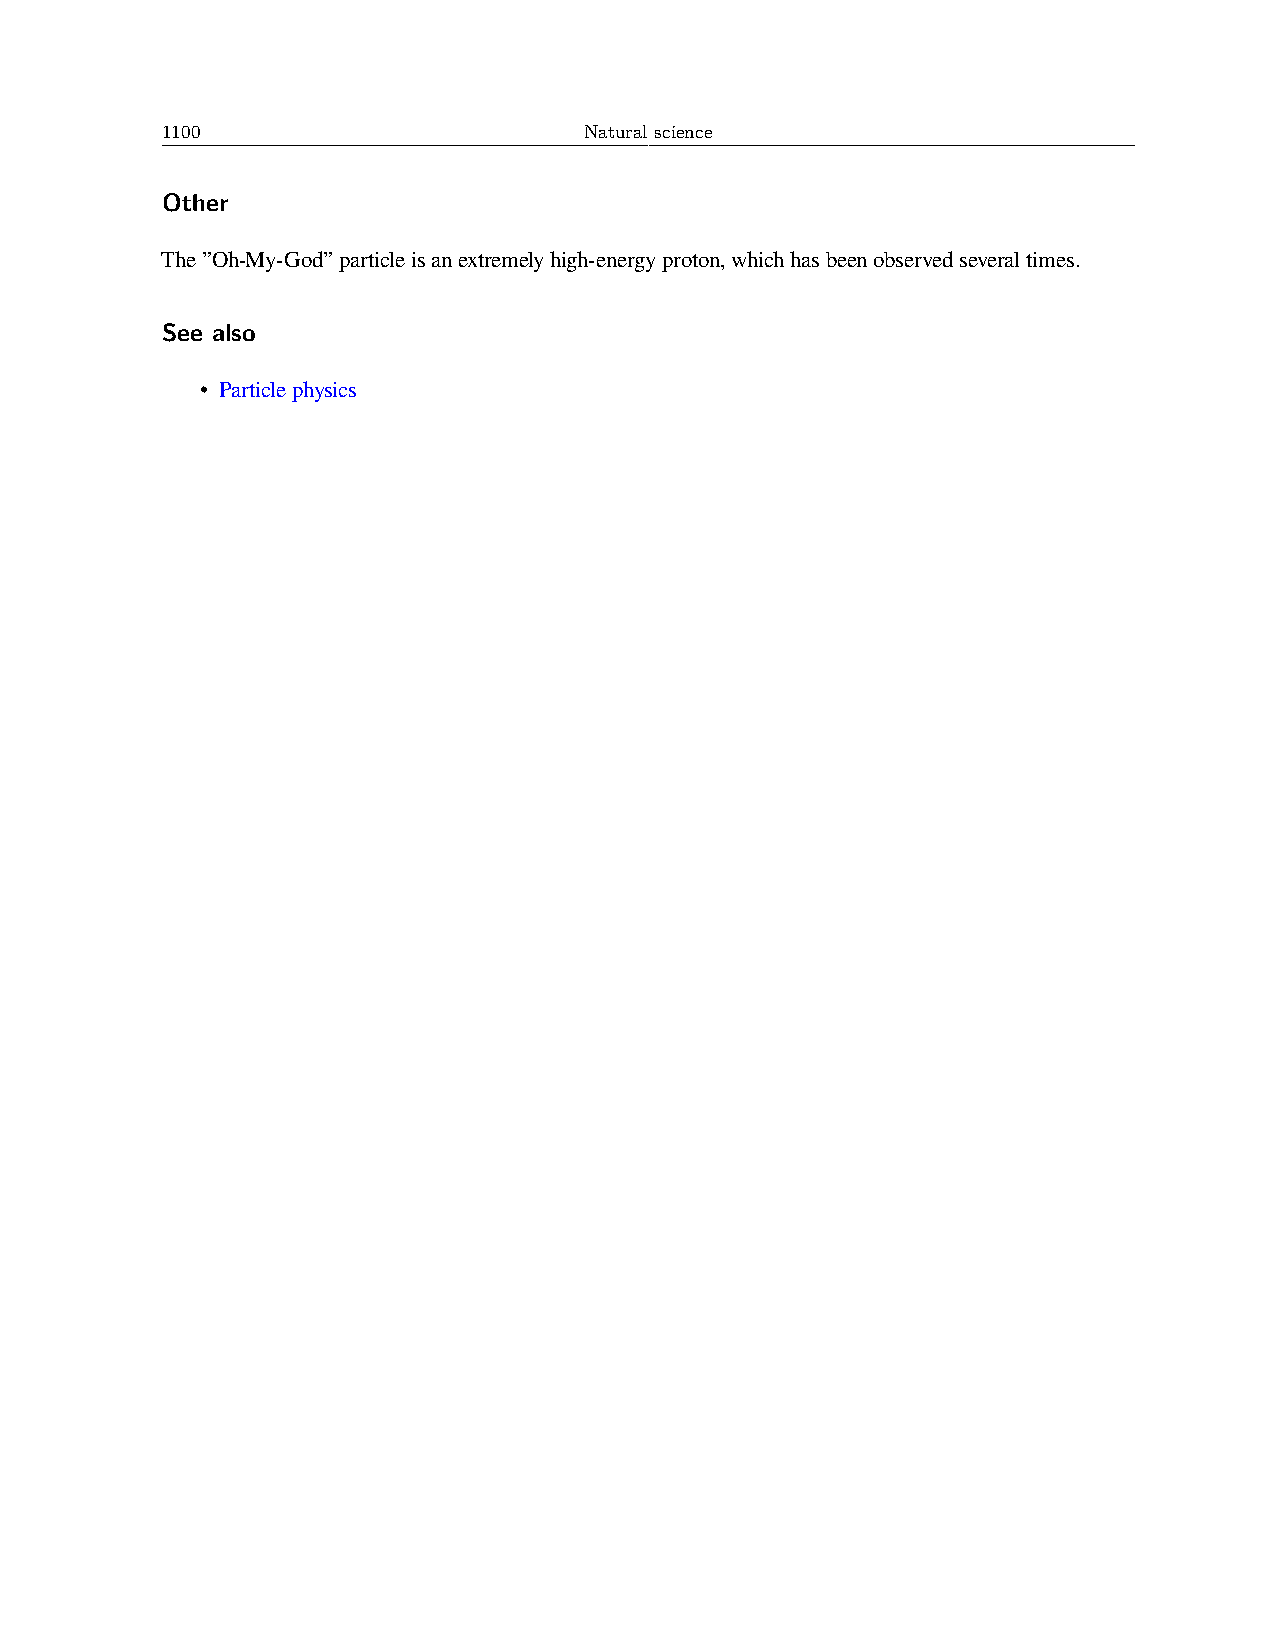
1100                        Natural science
 Other
 The”Oh-My-God”particleisanextremelyhigh-energyproton,whichhasbeenobservedseveraltimes.
 See also
 • Particlephysics